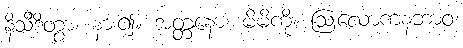
နိသီဒိတွာ၊ နား၍။ အတ္တနော၊ မိမိကို။ ဩလောကနဘာဝံ၊